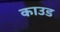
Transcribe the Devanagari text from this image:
काउड